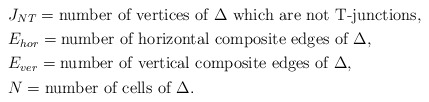
\begin{align*}&J_{NT}=\hbox{number of vertices of $\Delta$ which are not T-junctions},\\&E_{hor}=\hbox{number of horizontal composite edges of $\Delta$},\\&E_{ver}=\hbox{number of vertical composite edges of $\Delta$},\\&N=\hbox{number of cells of $\Delta$}.\end{align*}